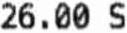
26.00 S